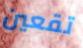
تقعين